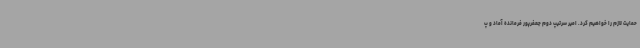
حمایت لازم را خواهیم کرد. امیر سرتیپ دوم جعفرپور فرمانده آماد و پ